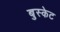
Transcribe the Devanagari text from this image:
बुस्केट